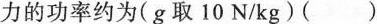
力的功率约为(g取10N/kg)()